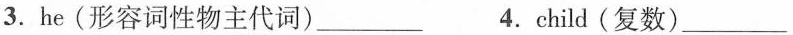
3.he(形容词性物主代词) ___ 4.child(复数)___